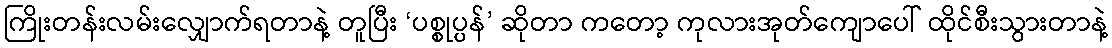
ကြိုးတန်းလမ်းလျှောက်ရတာနဲ့ တူပြီး ‘ပစ္စုပ္ပန်’ ဆိုတာ ကတော့ ကုလားအုတ်ကျောပေါ် ထိုင်စီးသွားတာနဲ့